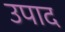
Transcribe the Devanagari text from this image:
उपाद